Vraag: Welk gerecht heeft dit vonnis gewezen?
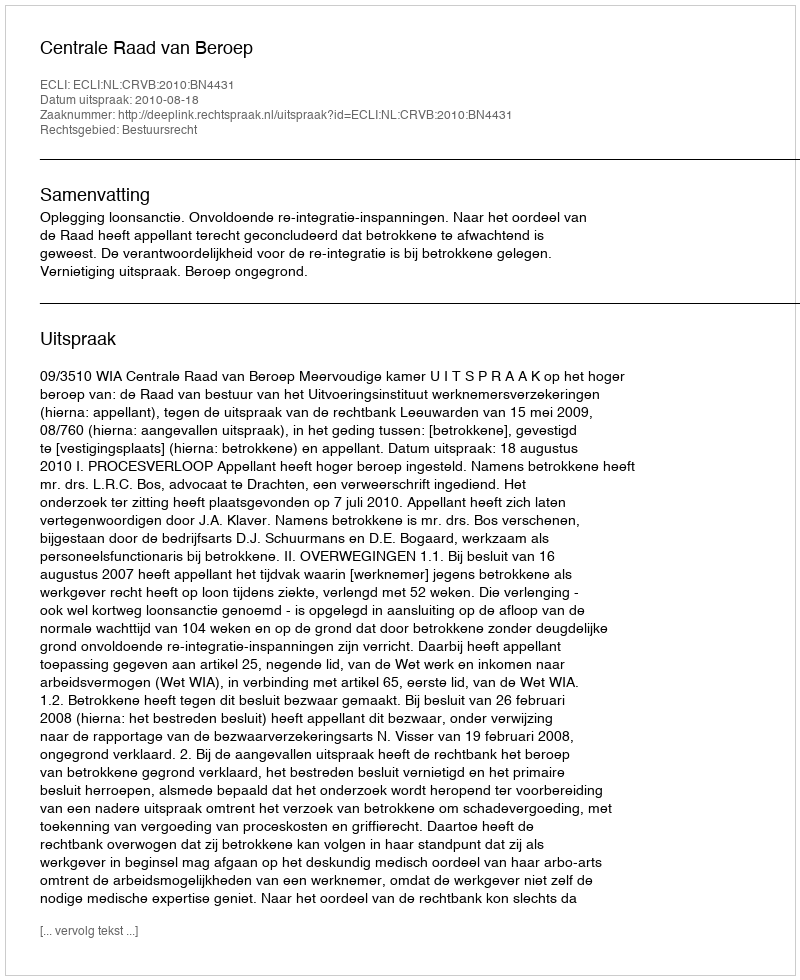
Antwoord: Centrale Raad van Beroep